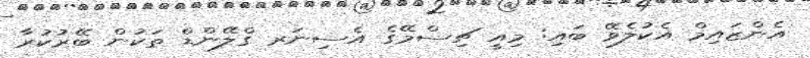
އެންޒައިމް އެކުލެވޭ ބައި: މިއީ ޗިސްމޭގެ އެސިނަރ ގްލޭންޑް ތަކުން ބޭރުކުރާ